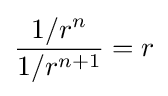
{\frac {1/r^{n}}{1/r^{n+1}}}=r